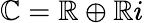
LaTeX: \mathbb{C}=\mathbb{R}\oplus\mathbb{R}i